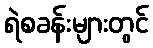
ရဲစခန်းများတွင်